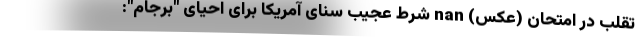
تقلب در امتحان (عکس) nan شرط عجیب سنای آمریکا برای احیای "برجام":